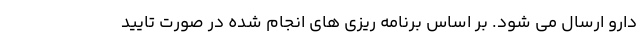
دارو ارسال می شود. بر اساس برنامه ریزی های انجام شده در صورت تایید